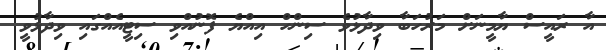
އާ ރައީސް ޔާމީނަށް މަރުހަބާ ވިދާޅުވެ ސިންހް އިއްޔެ ފޮނުއްވި ސިޓީއެއްގައި ވިދާޅުވީ